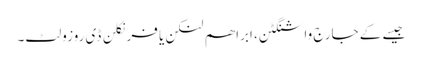
جیسے کے جارج واشنگٹن، ابراھم لنکن یا فرنکلن ڈی روزولٹ۔